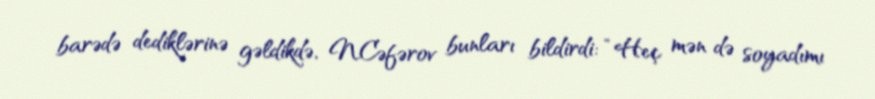
barədə dediklərinə gəldikdə, N.Cəfərov bunları bildirdi: “Heç mən də soyadımı